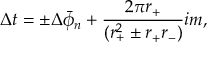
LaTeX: \Delta t = \pm \Delta \bar { \phi } _ { n } + { \frac { 2 \pi r _ { + } } { ( r _ { + } ^ { 2 } \pm r _ { + } r _ { - } ) } } i m ,